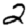
Digit: 2